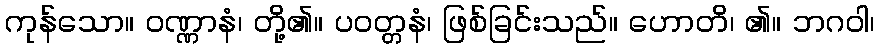
ကုန်သော။ ဝဏ္ဏာနံ၊ တို့၏။ ပဝတ္တနံ၊ ဖြစ်ခြင်းသည်။ ဟောတိ၊ ၏။ ဘဂဝါ၊